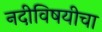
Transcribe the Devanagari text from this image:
नदीविषयीचा